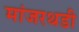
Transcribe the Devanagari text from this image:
मांजरथडी